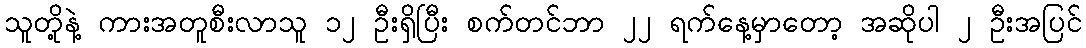
သူတို့နဲ့ ကားအတူစီးလာသူ ၁၂ ဦးရှိပြီး စက်တင်ဘာ ၂၂ ရက်နေ့မှာတော့ အဆိုပါ ၂ ဦးအပြင်